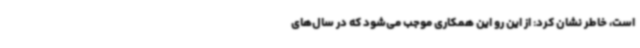
است، خاطر نشان کرد: از این رو این همکاری موجب می‌شود که در سال‌های